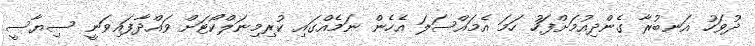
ދުވަހު އަނބުރާ ގެންދިއުމަށްފަހު ހަމަ އެމައްސަލަ އެހެން ނަމެއްގައި ކުރިމިނަލްކޯޓަށް ވައްދާފައިވަނީ ސިޔާސީ